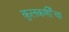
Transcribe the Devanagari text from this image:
कुलकर्णींचा